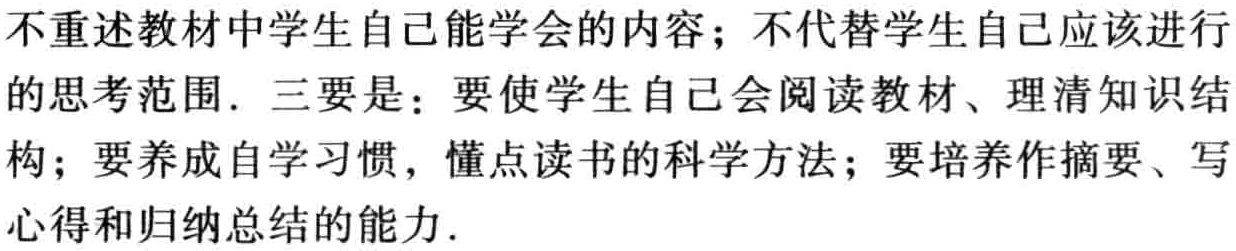
不重述教材中学生自己能学会的内容；不代替学生自己应该进行的思考范围. 三要是：要使学生自己会阅读教材、理清知识结构；要养成自学习惯，懂点读书的科学方法；要培养作摘要、写心得和归纳总结的能力.